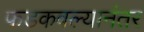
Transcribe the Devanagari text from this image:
फडकवल्यानंतर